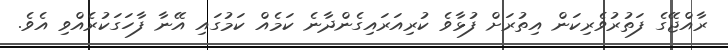
ރާއްޖޭގެ ފަތުރުވެރިކަން އިތުރަށް ފުޅާވެ ކުރިއަރައިގެންދާނެ ކަމެއް ކަމުގައި އޭނާ ފާހަގަކުރެއްވި އެވެ.